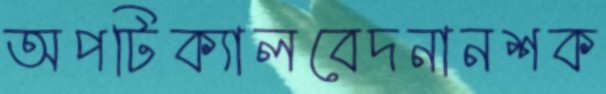
অপটিক্যালবেদনানশক